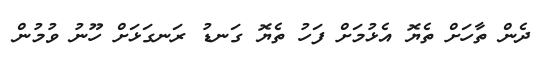
ދެން ތާހަށް ތެޔޮ އެޅުމަށް ފަހު ތެޔޮ ގަނޑު ރަނގަޅަށް ހޫނު ވުމުން